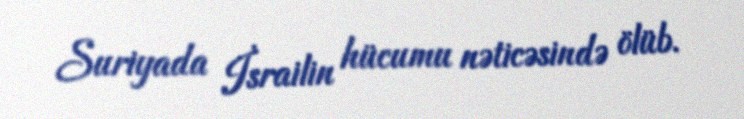
Suriyada İsrailin hücumu nəticəsində ölüb.